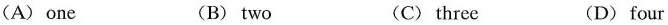
(A)one (B) two (C) three (D) four